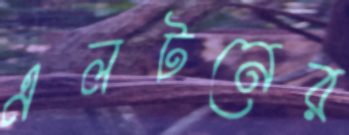
এলটনের